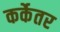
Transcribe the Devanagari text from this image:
कर्केतर